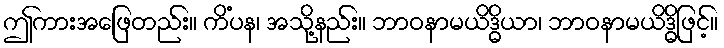
ဤကားအဖြေတည်း။ ကိံပန၊ အသို့နည်း။ ဘာဝနာမယိဒ္ဓိယာ၊ ဘာဝနာမယိဒ္ဓိဖြင့်။